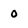
Character: 0